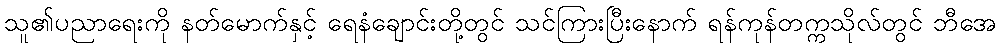
သူ၏ပညာရေးကို နတ်မောက်နှင့် ရေနံချောင်းတို့တွင် သင်ကြားပြီးနောက် ရန်ကုန်တက္ကသိုလ်တွင် ဘီအေ